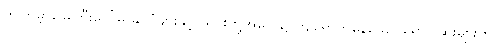
ဤကမ္ဘာမြေကြီးပေါ်မှ နိုင်ငံများနှင့် ယင်းတို့အပေါ်၌ ကျရောက်နေသော ရောဂါဆိုးများကို